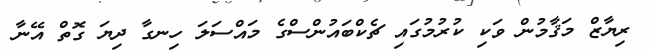
ރިޔާޒް މަޤާމުން ވަކި ކުރުމުގައި ޗެކްބައުންސްގެ މައްސަލަ ހިނގާ ދިޔަ ގޮތް އޭނާ